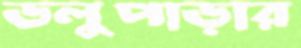
ডলুপাড়ার